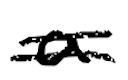
Text: a
Cross-out: double-line
Writing tool: digital_black